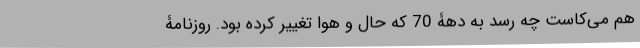
هم می‌کاست چه رسد به دهۀ 70 که حال و هوا تغییر کرده بود. روزنامۀ